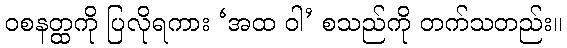
ဝစနတ္ထကို ပြလိုရကား ‘အထ ဝါ’ စသည်ကို တက်သတည်း။